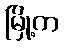
မြို့က